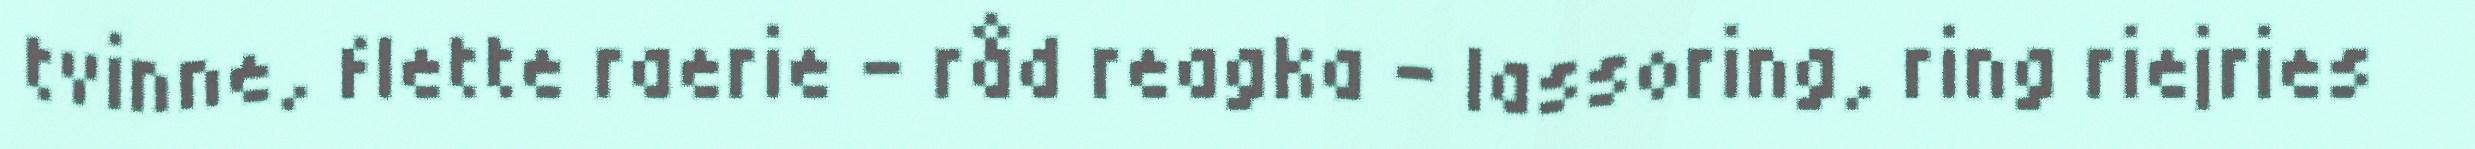
tvinne, flette raerie - råd reagka – lassoring, ring riejries